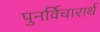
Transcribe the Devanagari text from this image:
पुनर्विचारार्थ